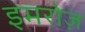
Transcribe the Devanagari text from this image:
इमरोज़